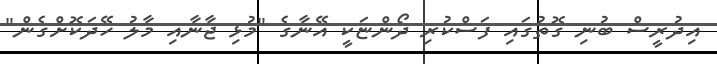
އިދުރީސް ބުނި ގޮތުގައި ފަސްކުރި ދޯންޏަކީ އޭނާގެ "މުޅި ޖާނާއި މާލު ހޭދަކޮށްގެން"